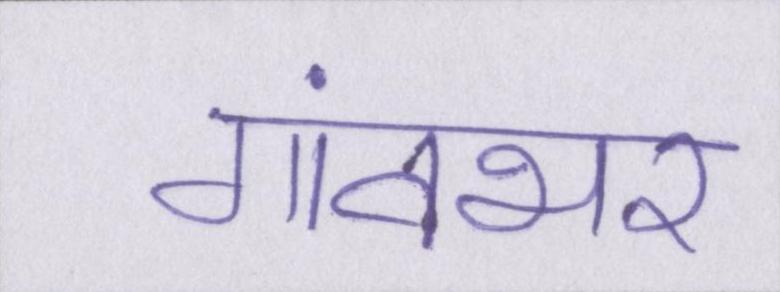
गांवभर